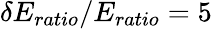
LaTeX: \delta E_{ratio}/E_{ratio}=5\, \